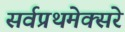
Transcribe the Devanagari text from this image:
सर्वप्रथमेक्सरे